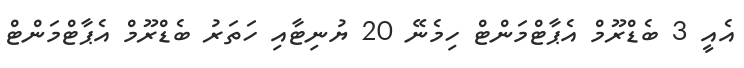
އެއީ 3 ބެޑްރޫމް އެޕާޓްމަންޓް ހިމެނޭ 20 ޔުނިޓާއި ހަތަރު ބެޑްރޫމް އެޕާޓްމަންޓް